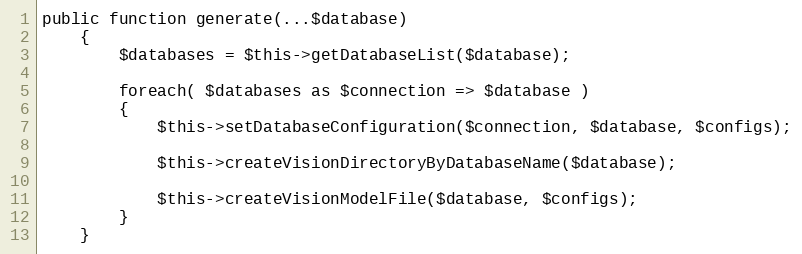
Language: PHP
public function generate(...$database)
    {
        $databases = $this->getDatabaseList($database);

        foreach( $databases as $connection => $database )
        {
            $this->setDatabaseConfiguration($connection, $database, $configs);

            $this->createVisionDirectoryByDatabaseName($database);

            $this->createVisionModelFile($database, $configs);
        }
    }